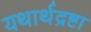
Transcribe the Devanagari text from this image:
यथार्थद्रष्टा